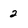
Character: 2